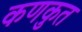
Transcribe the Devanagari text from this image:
कणकुत